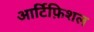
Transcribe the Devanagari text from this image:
आर्टिफ़िशल